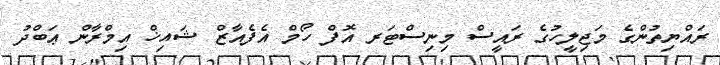
ރައްޔިތުންގެ މަޖިލީހުގެ ރައީސް މިނިސްޓަރ އޮފް ހޯމް އެފެއާޒް ޝައިޚް އިމްރާން ޢަބްދު